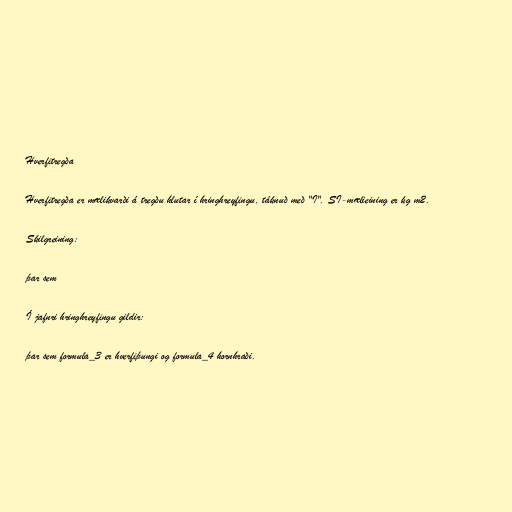
Hverfitregða

Hverfitregða er mælikvarði á tregðu hlutar í hringhreyfingu, táknuð með "I". SI-mælieining er kg m2.

Skilgreining:

þar sem

Í jafnri hringhreyfingu gildir:

þar sem formula_3 er hverfiþungi og formula_4 hornhraði.